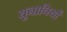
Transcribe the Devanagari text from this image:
यूनानियों